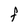
Character: F